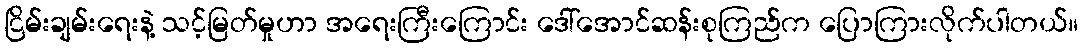
ငြိမ်းချမ်းရေးနဲ့ သင့်မြတ်မှုဟာ အရေးကြီးကြောင်း ဒေါ်အောင်ဆန်းစုကြည်က ပြောကြားလိုက်ပါတယ်။